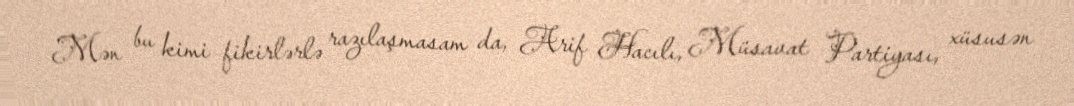
Mən bu kimi fikirlərlə razılaşmasam da, Arif Hacılı, Müsavat Partiyası, xüsusən